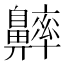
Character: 𪖶